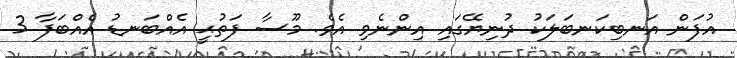
އުފަން އަނބިކަނބަލަކު ދުނިޔޭގައި އިންނެވި އެވެ. މޫސާ ފަތުޙީ އެއްބަނޑު އެއްބަފާ 3